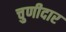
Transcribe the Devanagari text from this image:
चुणीदार